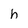
Character: h